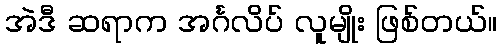
အဲဒီ ဆရာက အင်္ဂလိပ် လူမျိုး ဖြစ်တယ်။